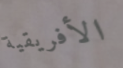
الأفريقية